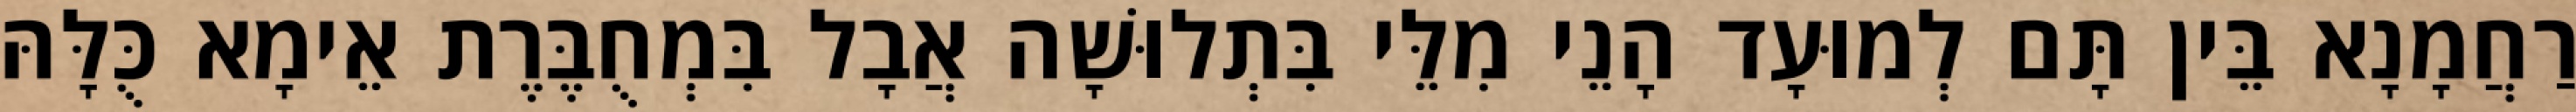
רַחֲמָנָא בֵּין תָּם לְמוּעָד הָנֵי מִלֵּי בִּתְלוּשָׁה אֲבָל בִּמְחֻבֶּרֶת אֵימָא כֻּלָּהּ